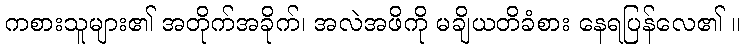
ကစားသူများ၏ အတိုက်အခိုက်၊ အလဲအဖိကို မချိယတိခံစား နေရပြန်လေ၏ ။